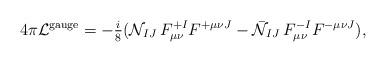
LaTeX: \begin{align*}4 \pi {\cal L}^{\rm gauge} = -{\textstyle{i\over 8}}( {\cal N}_{IJ}\,F_{\mu\nu}^{+I}F^{+\mu\nu J}- \bar{\cal N}_{IJ}\,F_{\mu\nu}^{-I} F^{-\mu\nu J} ),\end{align*}